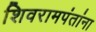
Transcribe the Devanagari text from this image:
शिवरामपंतांना